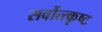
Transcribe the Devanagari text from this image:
सर्वोत्त्कृष्ट